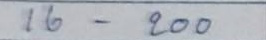
16 - 200